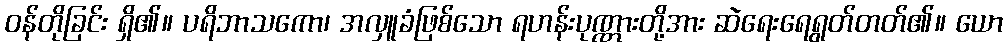
ဝန်တိုခြင်း ရှိ၏။ ပရိဘာသကော၊ အလှူခံဖြစ်သော ရဟန်းပုဏ္ဏားတို့အား ဆဲရေးရေရွတ်တတ်၏။ ယော